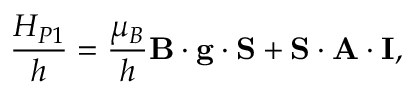
\frac { H _ { P 1 } } { h } = \frac { \mu _ { B } } { h } \mathbf { B } \cdot \mathbf { g } \cdot \mathbf { S } + \mathbf { S } \cdot \mathbf { A } \cdot \mathbf { I } ,